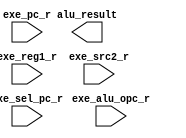
// (c) Copyright 1995-2019 Xilinx, Inc. All rights reserved.
// 
// This file contains confidential and proprietary information
// of Xilinx, Inc. and is protected under U.S. and
// international copyright and other intellectual property
// laws.
// 
// DISCLAIMER
// This disclaimer is not a license and does not grant any
// rights to the materials distributed herewith. Except as
// otherwise provided in a valid license issued to you by
// Xilinx, and to the maximum extent permitted by applicable
// law: (1) THESE MATERIALS ARE MADE AVAILABLE "AS IS" AND
// WITH ALL FAULTS, AND XILINX HEREBY DISCLAIMS ALL WARRANTIES
// AND CONDITIONS, EXPRESS, IMPLIED, OR STATUTORY, INCLUDING
// BUT NOT LIMITED TO WARRANTIES OF MERCHANTABILITY, NON-
// INFRINGEMENT, OR FITNESS FOR ANY PARTICULAR PURPOSE; and
// (2) Xilinx shall not be liable (whether in contract or tort,
// including negligence, or under any other theory of
// liability) for any loss or damage of any kind or nature
// related to, arising under or in connection with these
// materials, including for any direct, or any indirect,
// special, incidental, or consequential loss or damage
// (including loss of data, profits, goodwill, or any type of
// loss or damage suffered as a result of any action brought
// by a third party) even if such damage or loss was
// reasonably foreseeable or Xilinx had been advised of the
// possibility of the same.
// 
// CRITICAL APPLICATIONS
// Xilinx products are not designed or intended to be fail-
// safe, or for use in any application requiring fail-safe
// performance, such as life-support or safety devices or
// systems, Class III medical devices, nuclear facilities,
// applications related to the deployment of airbags, or any
// other applications that could lead to death, personal
// injury, or severe property or environmental damage
// (individually and collectively, "Critical
// Applications"). Customer assumes the sole risk and
// liability of any use of Xilinx products in Critical
// Applications, subject only to applicable laws and
// regulations governing limitations on product liability.
// 
// THIS COPYRIGHT NOTICE AND DISCLAIMER MUST BE RETAINED AS
// PART OF THIS FILE AT ALL TIMES.
// 
// DO NOT MODIFY THIS FILE.


// IP VLNV: inf.ed.ac.uk:user:rv32im_alu:1.0
// IP Revision: 2

// Forward declaration of the netlist blackbox
(* black_box = "1" *)
module rv32im_alu (
  exe_sel_pc_r,
  alu_result,
  exe_alu_opc_r,
  exe_pc_r,
  exe_reg1_r,
  exe_src2_r
);
input wire exe_sel_pc_r;
output wire [31 : 0] alu_result;
input wire [3 : 0] exe_alu_opc_r;
input wire [31 : 0] exe_pc_r;
input wire [31 : 0] exe_reg1_r;
input wire [31 : 0] exe_src2_r;
endmodule
// End of netlist blackbox

(* X_CORE_INFO = "rv32im_alu,Vivado 2018.3" *)
(* CHECK_LICENSE_TYPE = "rv32im_alu_0,rv32im_alu,{}" *)
(* IP_DEFINITION_SOURCE = "package_project" *)
(* DowngradeIPIdentifiedWarnings = "yes" *)
module rv32im_alu_0 (
  exe_sel_pc_r,
  alu_result,
  exe_alu_opc_r,
  exe_pc_r,
  exe_reg1_r,
  exe_src2_r
);

input wire exe_sel_pc_r;
output wire [31 : 0] alu_result;
input wire [3 : 0] exe_alu_opc_r;
input wire [31 : 0] exe_pc_r;
input wire [31 : 0] exe_reg1_r;
input wire [31 : 0] exe_src2_r;

  rv32im_alu inst (
    .exe_sel_pc_r(exe_sel_pc_r),
    .alu_result(alu_result),
    .exe_alu_opc_r(exe_alu_opc_r),
    .exe_pc_r(exe_pc_r),
    .exe_reg1_r(exe_reg1_r),
    .exe_src2_r(exe_src2_r)
  );
endmodule